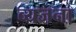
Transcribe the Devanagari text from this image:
व्यजना